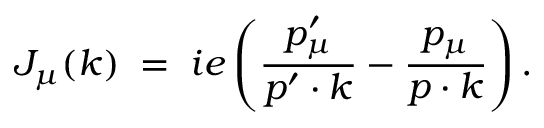
J _ { \mu } ( k ) \; = \; i e \left( { \frac { p _ { \mu } ^ { \prime } } { p ^ { \prime } \cdot k } } - { \frac { p _ { \mu } } { p \cdot k } } \right) .